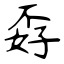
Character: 孬